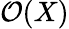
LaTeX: {\mathcal{O}}(X)